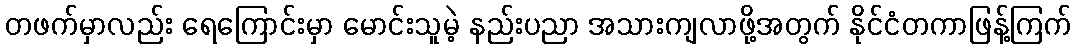
တဖက်မှာလည်း ရေကြောင်းမှာ မောင်းသူမဲ့ နည်းပညာ အသားကျလာဖို့အတွက် နိုင်ငံတကာဖြန့်ကြက်